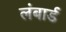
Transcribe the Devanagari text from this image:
लंबार्ड